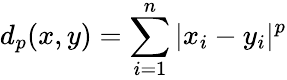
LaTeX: d_{p}(x,y)=\sum_{i=1}^{n}|x_{i}-y_{i}|^{p}